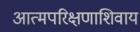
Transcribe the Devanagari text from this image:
आत्मपरिक्षणाशिवाय